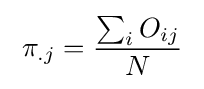
\;\pi _{.j}={\frac {\sum _{i}O_{ij}}{N}}\;